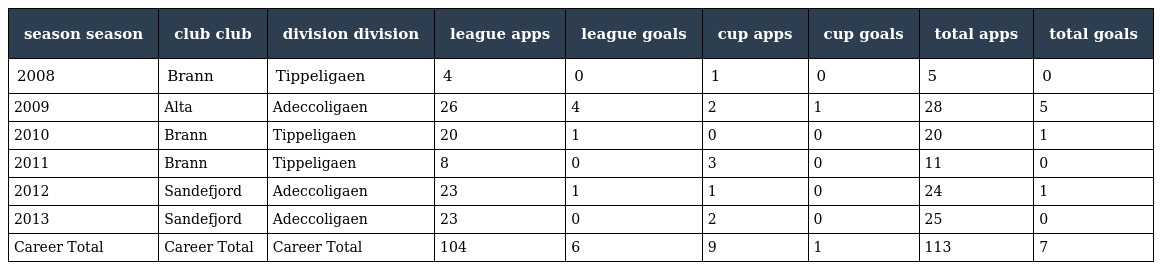
| season season | club club | division division | league apps | league goals | cup apps | cup goals | total apps | total goals |
 | --- | --- | --- | --- | --- | --- | --- | --- | --- |
 | 2008 | Brann | Tippeligaen | 4 | 0 | 1 | 0 | 5 | 0 |
 | 2009 | Alta | Adeccoligaen | 26 | 4 | 2 | 1 | 28 | 5 |
 | 2010 | Brann | Tippeligaen | 20 | 1 | 0 | 0 | 20 | 1 |
 | 2011 | Brann | Tippeligaen | 8 | 0 | 3 | 0 | 11 | 0 |
 | 2012 | Sandefjord | Adeccoligaen | 23 | 1 | 1 | 0 | 24 | 1 |
 | 2013 | Sandefjord | Adeccoligaen | 23 | 0 | 2 | 0 | 25 | 0 |
 | Career Total | Career Total | Career Total | 104 | 6 | 9 | 1 | 113 | 7 |